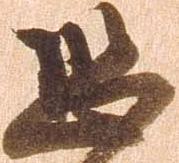
恐